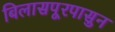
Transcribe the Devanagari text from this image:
बिलासपूरपासुन